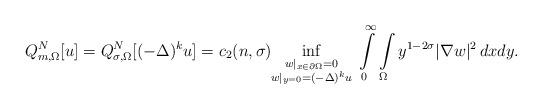
LaTeX: \begin{align*}Q_{m,\Omega}^N[u]=Q_{\sigma,\Omega}^N[(-\Delta)^ku]=c_2(n,\sigma)\!\!\inf\limits_{\scriptstyle w|_{x\in\partial\Omega}=0\atop \scriptstyle w|_{y=0}=(-\Delta)^ku}\,\int\limits_0^\infty\int\limits_{\Omega} y^{1-2\sigma}|\nabla w|^2\,dxdy.\end{align*}